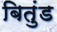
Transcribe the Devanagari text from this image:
बितुंड